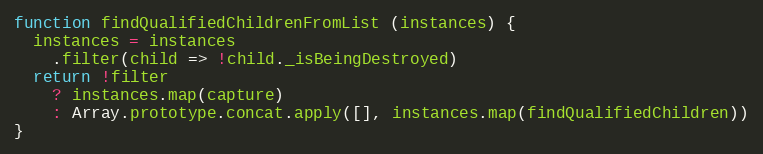
Language: JavaScript
function findQualifiedChildrenFromList (instances) {
  instances = instances
    .filter(child => !child._isBeingDestroyed)
  return !filter
    ? instances.map(capture)
    : Array.prototype.concat.apply([], instances.map(findQualifiedChildren))
}